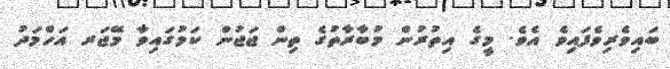
ބައިވެރިވެފައިވެ އެވެ. މީގެ އިތުރުން މުބާރާތުގެ ތިން ޖަޖުން ކަމުގައިވާ މޭޖަރ އަހްމަދު